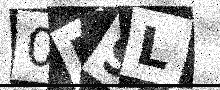
Text: 0B9L